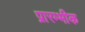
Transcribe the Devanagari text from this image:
प्रारम्भीक